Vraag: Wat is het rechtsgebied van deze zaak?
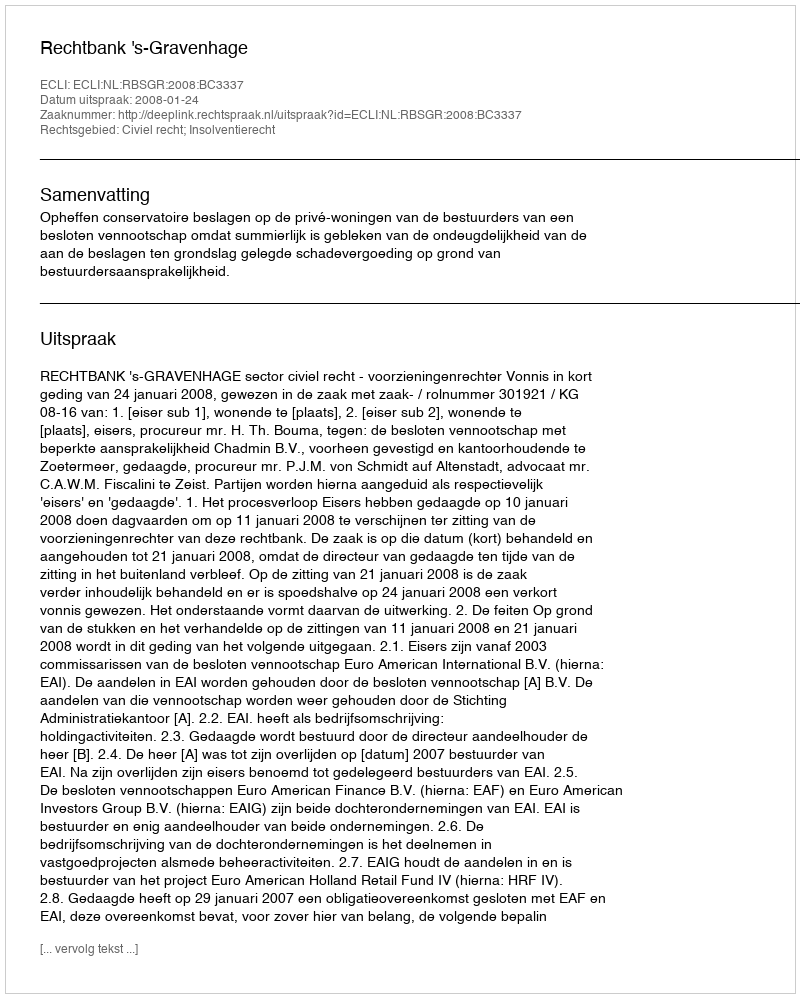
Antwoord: Civiel recht; Insolventierecht